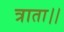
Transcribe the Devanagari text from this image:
त्राता।।